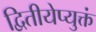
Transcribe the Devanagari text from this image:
द्वितीयेप्युक्तं